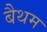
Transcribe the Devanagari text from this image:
बैथम